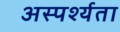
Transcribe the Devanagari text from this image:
अस्पर्श्यता